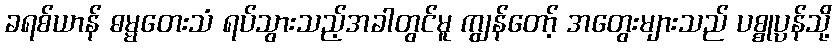
ခရစ်ယာန် ဓမ္မတေးသံ ရပ်သွားသည့်အခါတွင်မူ ကျွန်တော့် အတွေးများသည် ပစ္စုပ္ပန်သို့